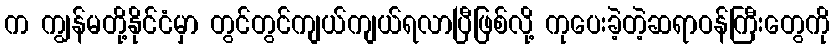
က ကျွန်မတို့နိုင်ငံမှာ တွင်တွင်ကျယ်ကျယ်ရလာပြီဖြစ်လို့ ကုပေးခဲ့တဲ့ဆရာဝန်ကြီးတွေကို